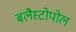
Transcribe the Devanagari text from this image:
बलैस्टोपोल